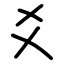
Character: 爻